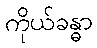
ကိုယ်ခန္ဓာ